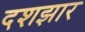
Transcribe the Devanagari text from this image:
दशझार